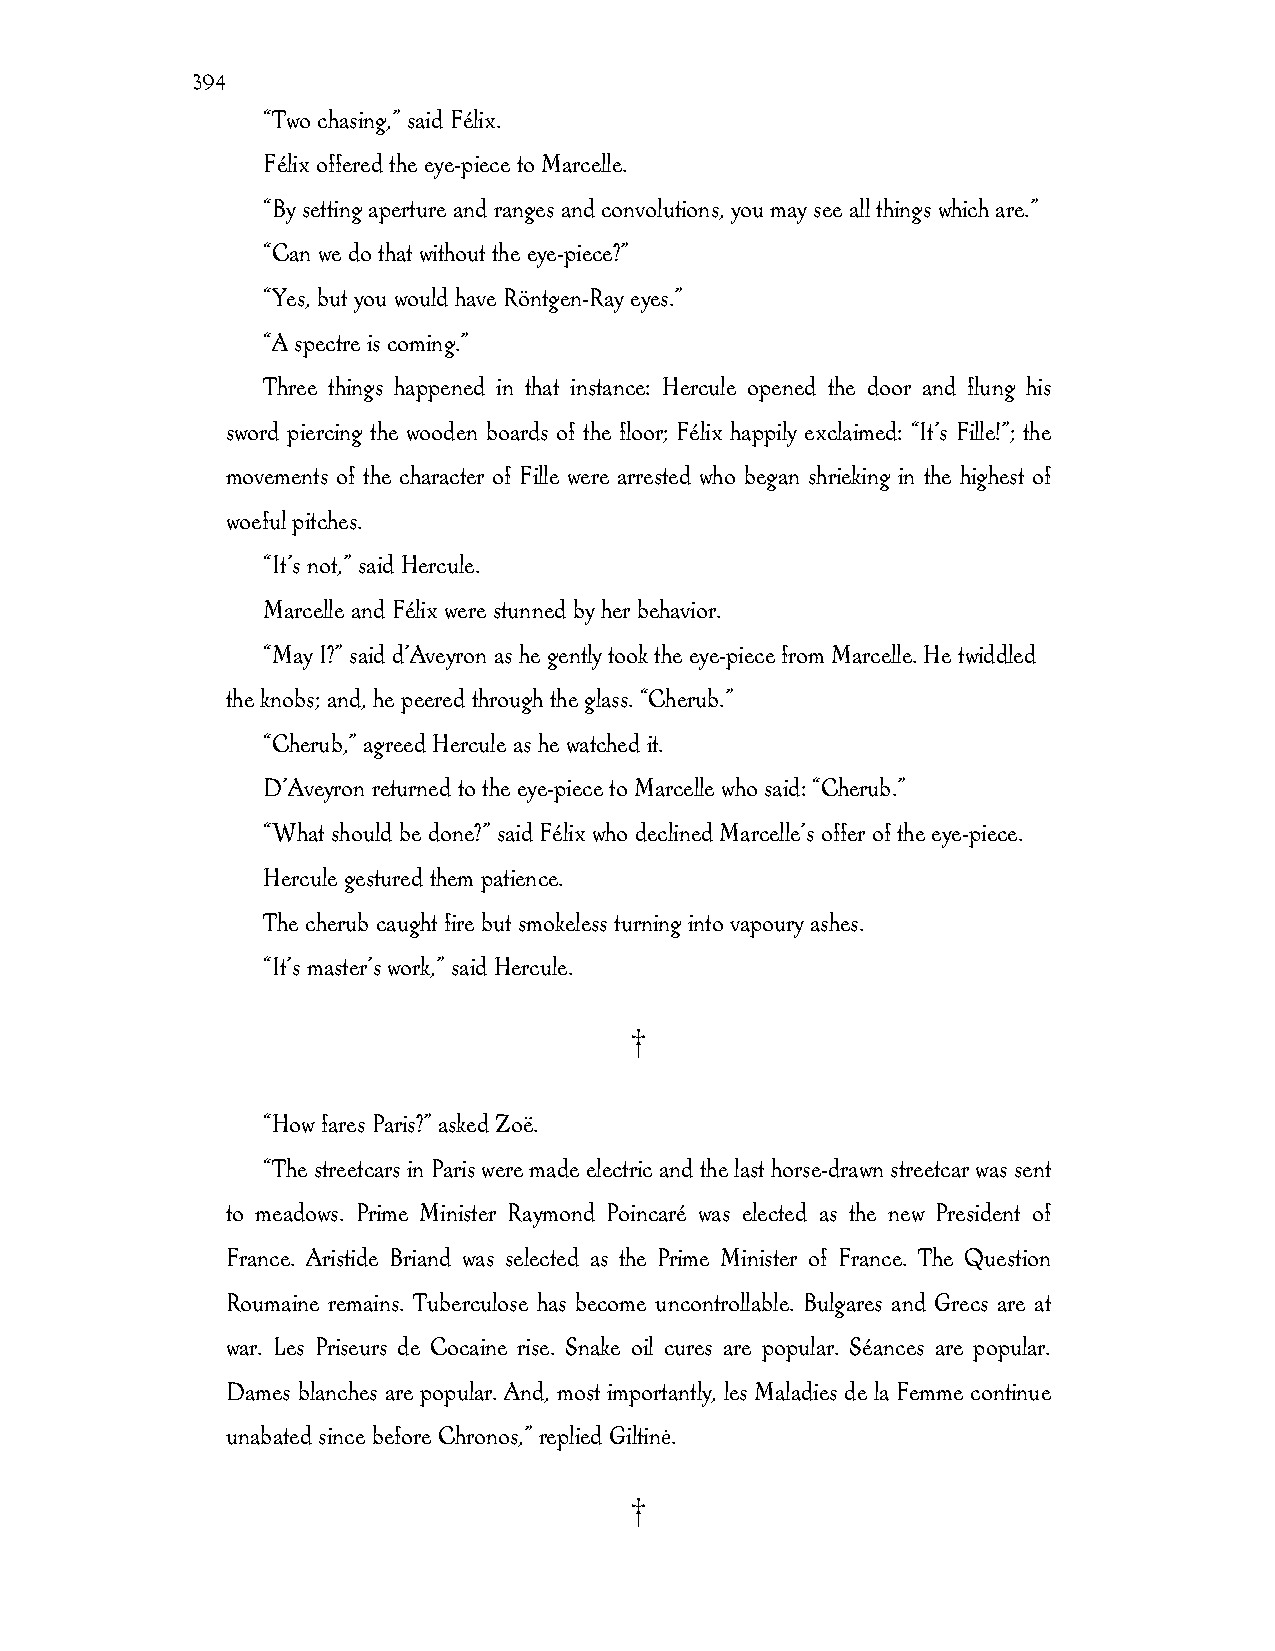
394
 “Two chasing,” said Félix.
 Félix offered the eye-piece to Marcelle.
 “By setting aperture and ranges and convolutions, you may see all things which are.”
 “Can we do that without the eye-piece?”
 “Yes, but you would have Röntgen-Ray eyes.”
 “A spectre is coming.”
 Three things happened in that instance: Hercule opened the door and flung his
 sword piercing the wooden boards of the floor; Félix happily exclaimed: “It’s Fille!”; the
 movements of the character of Fille were arrested who began shrieking in the highest of
 woeful pitches.
 “It’s not,” said Hercule.
 Marcelle and Félix were stunned by her behavior.
 “May I?” said d’Aveyron as he gently took the eye-piece from Marcelle. He twiddled
 the knobs; and, he peered through the glass. “Cherub.”
 “Cherub,” agreed Hercule as he watched it.
 D’Aveyron returned to the eye-piece to Marcelle who said: “Cherub.”
 “What should be done?” said Félix who declined Marcelle’s offer of the eye-piece.
 Hercule gestured them patience.
 The cherub caught fire but smokeless turning into vapoury ashes.
 “It’s master’s work,” said Hercule.
 †
 “How fares Paris?” asked Zoë.
 “The streetcars in Paris were made electric and the last horse-drawn streetcar was sent
 to meadows. Prime Minister Raymond Poincaré was elected as the new President of
 France. Aristide Briand was selected as the Prime Minister of France. The Question
 Roumaine remains. Tuberculose has become uncontrollable. Bulgares and Grecs are at
 war. Les Priseurs de Cocaine rise. Snake oil cures are popular. Séances are popular.
 Dames blanches are popular. And, most importantly, les Maladies de la Femme continue
 unabated since before Chronos,” replied Giltinė.
 †